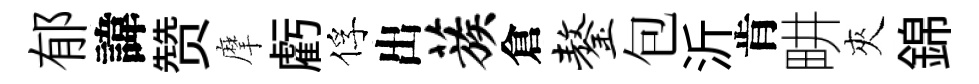
郁諱赞摩虧俘出蔟倉鏊包沂肯畊夾錦